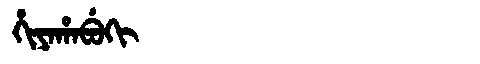
Manchu: ᡥᡳᠶᠠᡥᠠᠪᡠᡴᡳ
Romanization: HIYAHABUKI